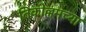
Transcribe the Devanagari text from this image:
तिकोल्लमच्या